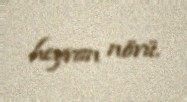
heyvan növü.